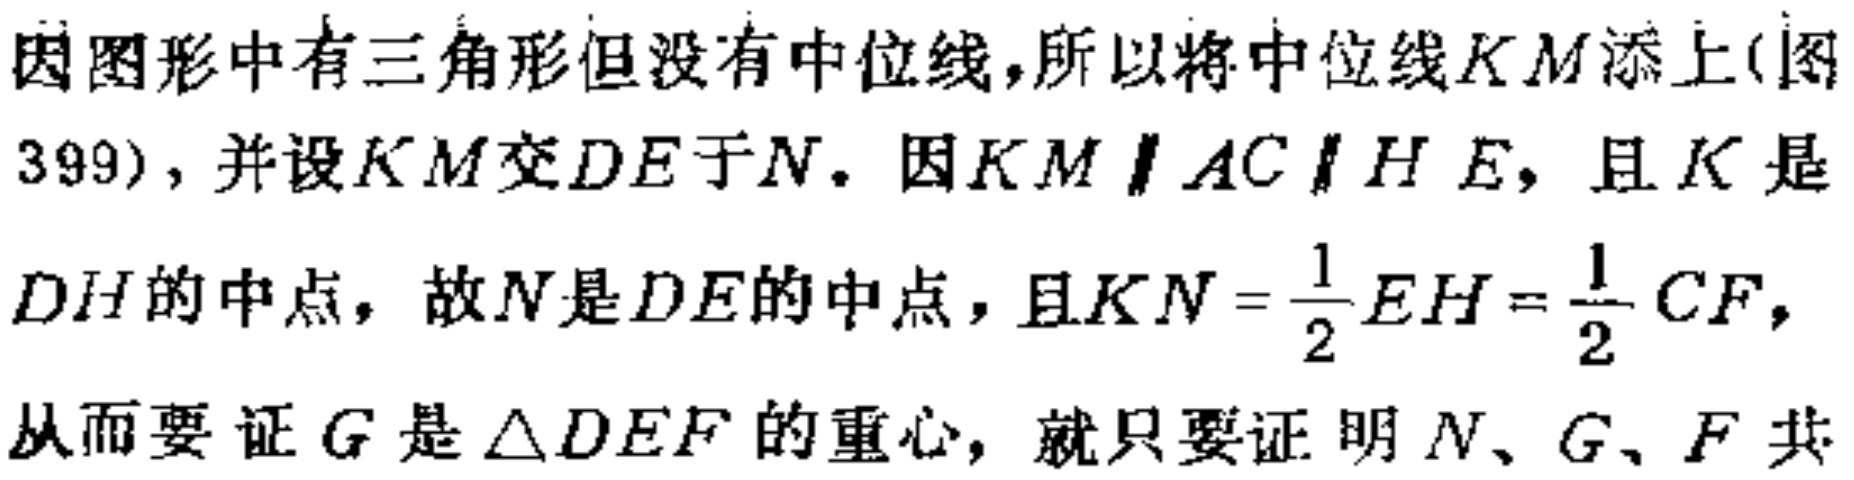
因图形中有三角形但没有中位线,所以将中位线\(KM\)添上(图399), 并设\(KM\)交\(DE\)于\(N\). 因\(KM\parallel AC\parallel HE\), 且\(K\)是\(DH\)的中点, 故\(N\)是\(DE\)的中点, 且\(KN = \frac{1}{2}EH=\frac{1}{2}CF\), 从而要证\(G\)是\(\triangle DEF\)的重心, 就只要证明\(N\)、\(G\)、\(F\)共